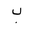
Letter: _ba